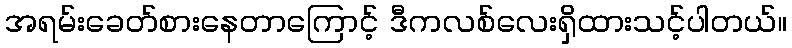
အရမ်းခေတ်စားနေတာကြောင့် ဒီကလစ်လေးရှိထားသင့်ပါတယ်။